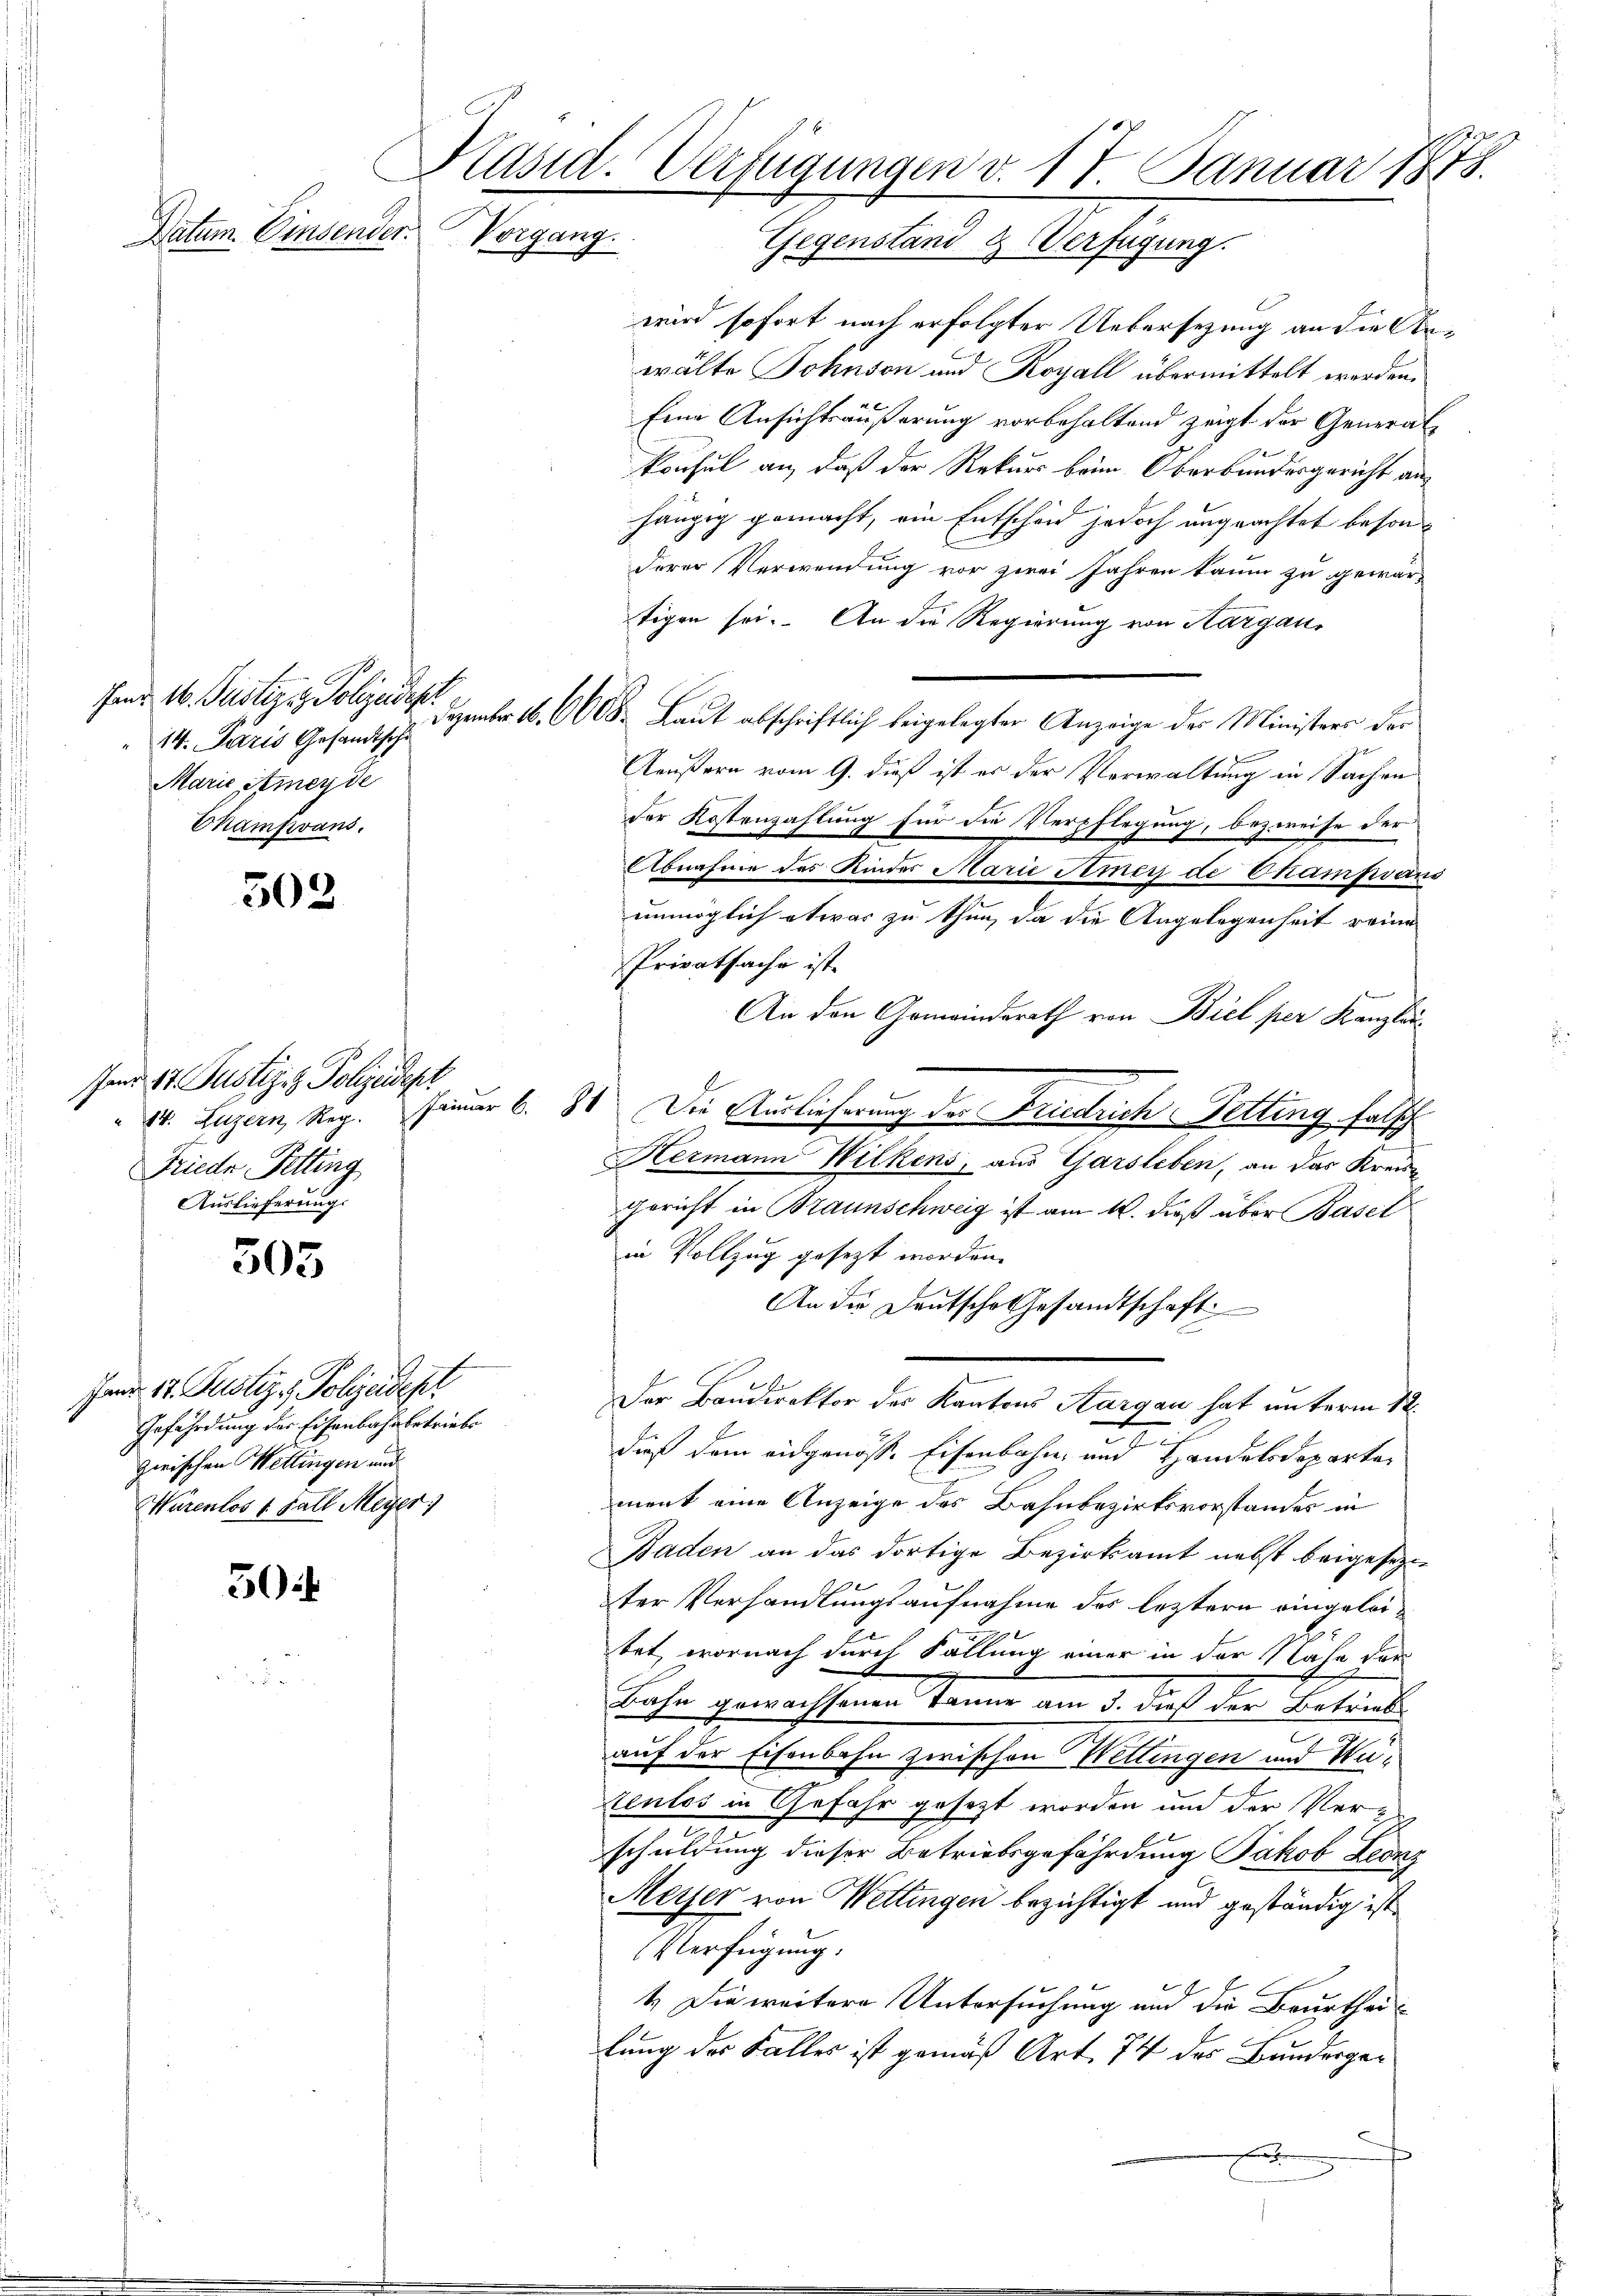
Datum. Einsender.

Hand 16. Justiz z. Polizeidest
14. Paris Gesandtsch
Marie Ameyde
Champvans.

503

enr 17. Justiz. Polizeidept
Friede Fetting
Auslieferung.

305

Jnd 17. Justiz & Polizeidest
Gefährdung des Eisenbahn betriebe
zwischen Wettingen und
Würenlos 1. Fall Meyer)

504

Präsid. Verfügungen v. 17. Januar 1878.
Vorgang.
Gegenstand & Verfügung.

wird sofort nach erfolgter Uebersezung an die Anwälte Johnson und Royall übermittelt werden.
Eine Ansichtsäußerung vorbehaltend zeigt der Generalkonsul an, daß der Rekurs beim Oberbundesgericht an
hängig gemacht, ein Entschen jedoch ungeachtet besonderer Verwendung vor zwei Jahren kaum zu gewar-
tigen sei. An die Regierung von Aargau,
Dezember 16. 6608. Laut abschriftlich beigelegter Anzeige des Ministers der
e
Aeußern vom 9. dieß ist es der Verwaltung in Sachen
der Kostenzahlung für die Verpflegung, bezweife der
Abnahme des Kinder Marie Amey de Champsaus
unmöglich etwas zu thun, da die Angelegenheit reine
Privatsache ist.
An den Gemeindsrath von Biel per Kanzlan
10. Luzern Reg. Feier 6. 81. Die Auslieferung der Friedrich Tetting falsch
Hermann Wilkens, aus Garsleben, an das Kreis-
gericht in Braunschweig ist am 12. dieß über Basel
in Vollzug gesezt worden.
An die Deutsche Gesandtschaft
Der Baudirektor des Kantons Aargau hat unterm 12.
dieß dem eidgenöss. Eisenbahn, und Handelsdepartement eine Anzeige des Bahnbezirksvorstandes in
Baden an das dortige Bezirksamt nebst beigesetzen
ter Verhandlungsaufnahme des leztern eingeleitet, wornach durch Fällung einer in der Nahe der
Bahn gewachsenen Tanne am 3. dieß der Betrieb
auf der Eisenbahn zwischen Wettingen und Wutenlos in Gefahr gesezt worden und der Verschuldung dieser Betriebsgefährdung Jakob Leonz
Meyer von Wettingen bezichtigt und geständig ist.
Verfügung.
1.) Die weitere Untersuchung und die Beurtheilung des Falles ist gemäß Art. 74 des Bundergee